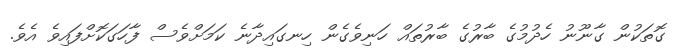
ގޮތަކުން ގާނޫނު ހެދުމުގެ ބާރުގެ ބާރުތައް ހަނިވެގެން ހިނގައިދާނެ ކަމަށްވެސް ފާހަގަކޮށްފައިވެ އެވެ.